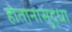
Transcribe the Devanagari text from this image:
होतानासुद्धा